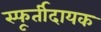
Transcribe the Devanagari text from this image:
स्फूर्तीदायक